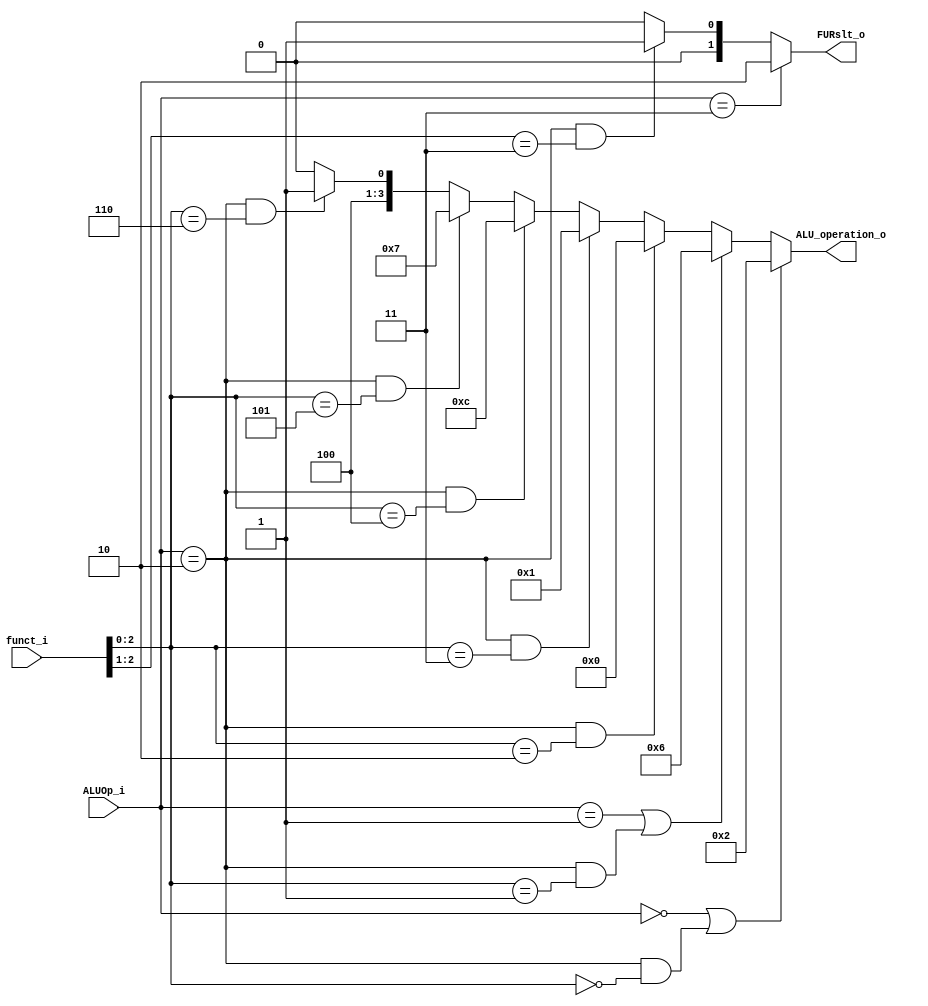
module ALU_Ctrl( funct_i, ALUOp_i, ALU_operation_o, FURslt_o);

//I/O ports 
input      [4-1:0] funct_i;
input      [2-1:0] ALUOp_i;

output     [4-1:0] ALU_operation_o;  
output     [2-1:0] FURslt_o;

//Internal Signals
wire		[4-1:0] ALU_operation_o;
wire		[2-1:0] FURslt_o;	

//Main function
assign ALU_operation_o = (ALUOp_i == 2'b00 || (ALUOp_i == 2'b10 && funct_i[2:0] == 3'b000)) ? 4'b0010 :
        (ALUOp_i == 2'b01 || (ALUOp_i == 2'b10 && funct_i[2:0] == 3'b001)) ? 4'b0110 :
        (ALUOp_i == 2'b10 && funct_i[2:0] == 3'b010) ? 4'b0000 :
        (ALUOp_i == 2'b10 && funct_i[2:0] == 3'b011) ? 4'b0001 :
        (ALUOp_i == 2'b10 && funct_i[2:0] == 3'b100) ? 4'b1100 : 
        (ALUOp_i == 2'b10 && funct_i[2:0] == 3'b101) ? 4'b0111 :
        (ALUOp_i == 2'b10 && funct_i[2:0] == 3'b110) ? 4'b1001 : 4'b1000; // four 32-to-1 MUXs
assign FURslt_o = (ALUOp_i == 2'b11) ? 2'b10 : // two 16-to-1 MUXs
        (ALUOp_i == 2'b10 && funct_i[2:1] == 2'b11) ? 2'b01 : 2'b00;
endmodule